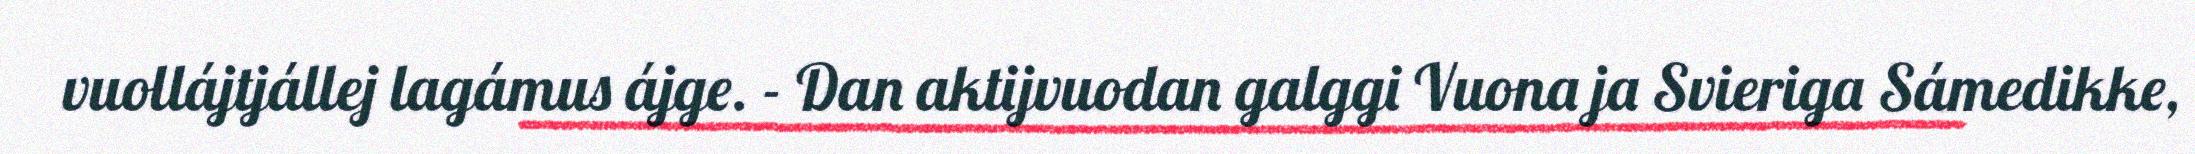
vuollájtjállej lagámus ájge. - Dan aktijvuodan galggi Vuona ja Svieriga Sámedikke,